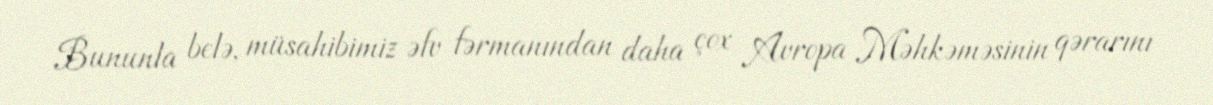
Bununla belə, müsahibimiz əfv fərmanından daha çox Avropa Məhkəməsinin qərarını